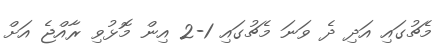
މެޗުގައި އަދި ދެ ވަނަ މެޗުގައި 1-2 އިން މޮޅުވި ރާއްޖެ އަށް